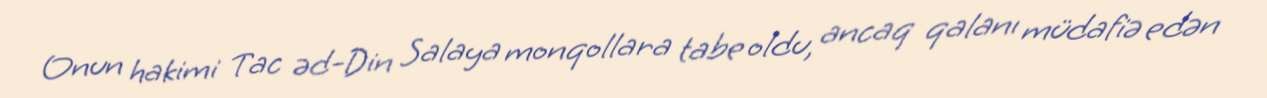
Onun hakimi Tac əd-Din Salaya monqollara tabe oldu, ancaq qalanı müdafiə edən